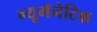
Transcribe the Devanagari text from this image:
न्यूमॅनेटिक